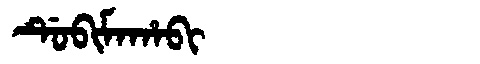
Manchu: ᡩᡠᠪᡳᠮᠠᡥᠠᠪᡳ
Romanization: DUBIMAHABI